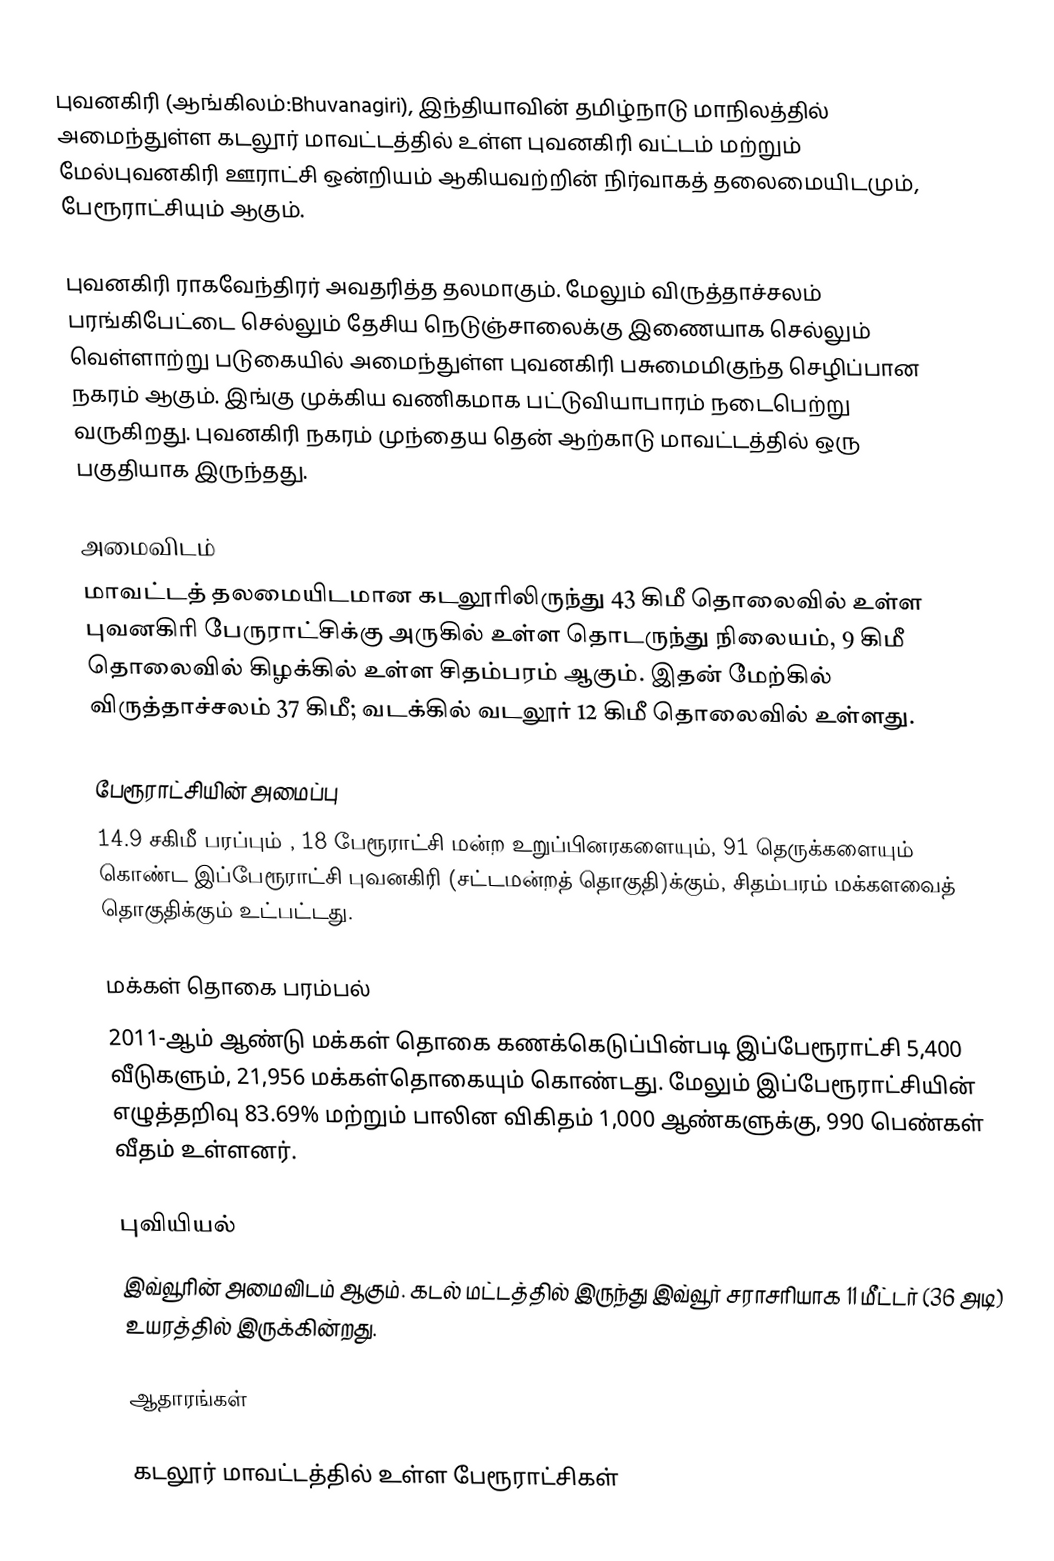
புவனகிரி (ஆங்கிலம்:Bhuvanagiri), இந்தியாவின் தமிழ்நாடு மாநிலத்தில் அமைந்துள்ள கடலூர் மாவட்டத்தில் உள்ள புவனகிரி வட்டம் மற்றும் மேல்புவனகிரி ஊராட்சி ஒன்றியம் ஆகியவற்றின் நிர்வாகத் தலைமையிடமும், பேரூராட்சியும் ஆகும்.

புவனகிரி ராகவேந்திரர் அவதரித்த தலமாகும். மேலும் விருத்தாச்சலம் பரங்கிபேட்டை செல்லும் தேசிய நெடுஞ்சாலைக்கு இணையாக செல்லும் வெள்ளாற்று படுகையில் அமைந்துள்ள புவனகிரி பசுமைமிகுந்த செழிப்பான நகரம் ஆகும். இங்கு முக்கிய வணிகமாக பட்டுவியாபாரம் நடைபெற்று வருகிறது. புவனகிரி நகரம் முந்தைய தென் ஆற்காடு மாவட்டத்தில் ஒரு பகுதியாக இருந்தது.

அமைவிடம்
மாவட்டத் தலமையிடமான கடலூரிலிருந்து 43 கிமீ தொலைவில் உள்ள புவனகிரி பேருராட்சிக்கு அருகில் உள்ள தொடருந்து நிலையம், 9 கிமீ தொலைவில் கிழக்கில் உள்ள சிதம்பரம் ஆகும். இதன் மேற்கில் விருத்தாச்சலம் 37 கிமீ; வடக்கில் வடலூர் 12 கிமீ தொலைவில் உள்ளது.

பேரூராட்சியின் அமைப்பு
14.9 சகிமீ பரப்பும் , 18  பேரூராட்சி மன்ற உறுப்பினரகளையும்,   91 தெருக்களையும் கொண்ட  இப்பேரூராட்சி புவனகிரி (சட்டமன்றத் தொகுதி)க்கும், சிதம்பரம் மக்களவைத் தொகுதிக்கும் உட்பட்டது.

மக்கள் தொகை பரம்பல்
2011-ஆம் ஆண்டு மக்கள் தொகை கணக்கெடுப்பின்படி   இப்பேரூராட்சி  5,400 வீடுகளும்,  21,956 மக்கள்தொகையும் கொண்டது. மேலும் இப்பேரூராட்சியின் எழுத்தறிவு 83.69%  மற்றும்  பாலின விகிதம் 1,000 ஆண்களுக்கு, 990 பெண்கள் வீதம் உள்ளனர்.

புவியியல்
இவ்வூரின் அமைவிடம்  ஆகும். கடல் மட்டத்தில் இருந்து இவ்வூர் சராசரியாக 11 மீட்டர் (36 அடி) உயரத்தில் இருக்கின்றது.

ஆதாரங்கள்

கடலூர் மாவட்டத்தில் உள்ள பேரூராட்சிகள்